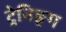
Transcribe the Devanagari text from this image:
ट्रेनिङ्ग